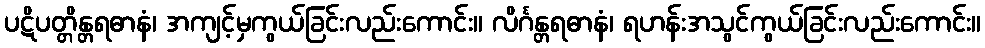
ပဋိပတ္တိန္တရဓာနံ၊ အကျင့်မှကွယ်ခြင်းလည်းကောင်း။ လိင်္ဂန္တရဓာနံ၊ ရဟန်းအသွင်ကွယ်ခြင်းလည်းကောင်း။